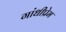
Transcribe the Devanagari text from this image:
गांधीप्रेम